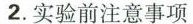
2.实验前注意事项